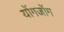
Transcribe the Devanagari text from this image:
योंगजोंग